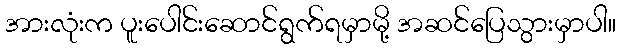
အားလုံးက ပူးပေါင်းဆောင်ရွက်ရမှာမို့ အဆင်ပြေသွားမှာပါ။